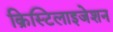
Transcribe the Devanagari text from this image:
क्रिस्टिलाइजेशन